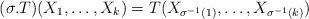
LaTeX: \begin{align*}(\sigma.T)(X_1,\ldots,X_k) = T(X_{\sigma^{-1}(1)},\ldots,X_{\sigma^{-1}(k)})\end{align*}